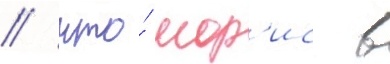
/ что́ мор'ис в